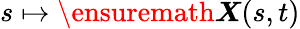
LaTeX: s\mapsto{\ensuremath\boldsymbol{X}}(s,t)